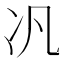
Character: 𪞖